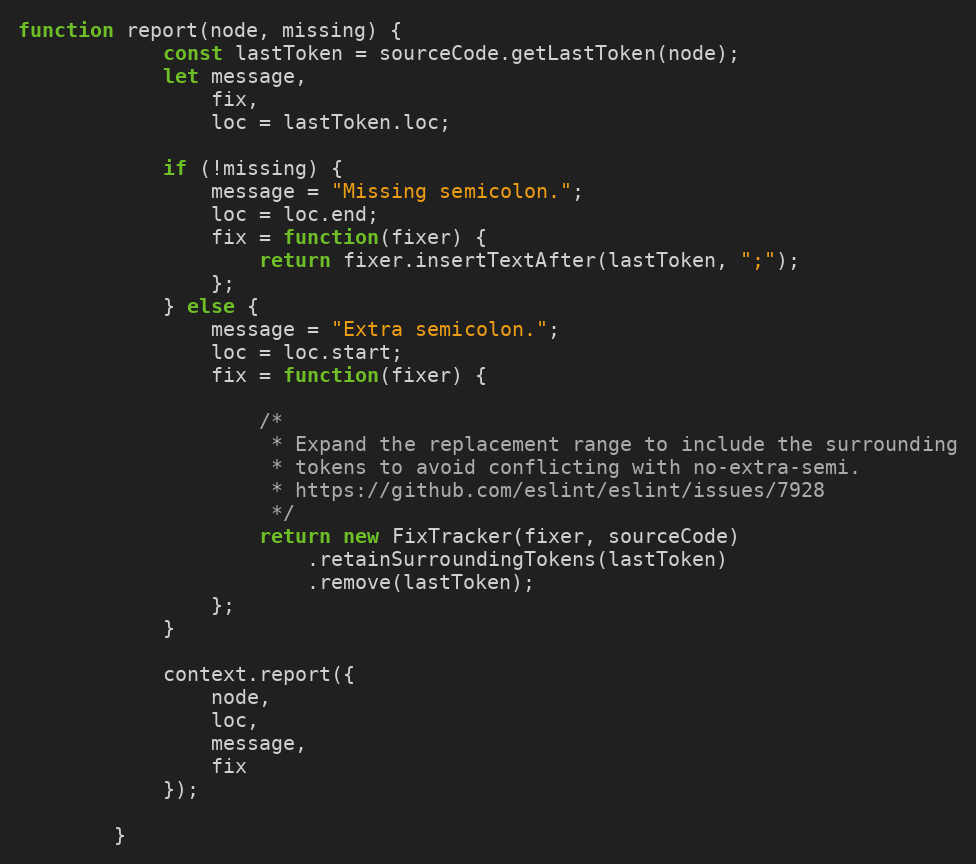
Language: JavaScript
function report(node, missing) {
            const lastToken = sourceCode.getLastToken(node);
            let message,
                fix,
                loc = lastToken.loc;

            if (!missing) {
                message = "Missing semicolon.";
                loc = loc.end;
                fix = function(fixer) {
                    return fixer.insertTextAfter(lastToken, ";");
                };
            } else {
                message = "Extra semicolon.";
                loc = loc.start;
                fix = function(fixer) {

                    /*
                     * Expand the replacement range to include the surrounding
                     * tokens to avoid conflicting with no-extra-semi.
                     * https://github.com/eslint/eslint/issues/7928
                     */
                    return new FixTracker(fixer, sourceCode)
                        .retainSurroundingTokens(lastToken)
                        .remove(lastToken);
                };
            }

            context.report({
                node,
                loc,
                message,
                fix
            });

        }